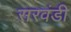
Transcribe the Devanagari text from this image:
सरवंडी